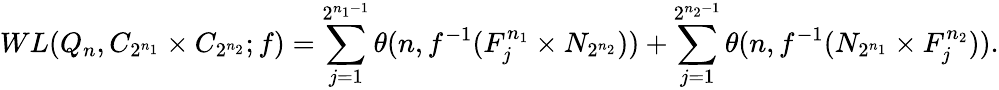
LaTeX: WL(Q_{n},C_{2^{n_{1}}}\times C_{2^{n_{2}}};f)=\sum_{j=1}^{2^{n_{1}-1}}\theta(n,f^{-1}(F_{j}^{n_{1}}\times N_{2^{n_{2}}}))+\sum_{j=1}^{2^{n_{2}-1}}\theta(n,f^{-1}(N_{2^{n_{1}}}\times F_{j}^{n_{2}})).